Source: Handwritten
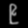
Digit: ၉ (9)